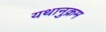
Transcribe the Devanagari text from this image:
यथानुक्रम